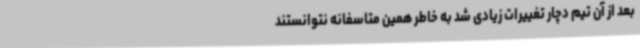
بعد از آن تیم دچار تغییرات زیادی شد به خاطر همین متاسفانه نتوانستند